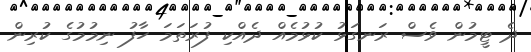
ދެ ޓީމުން ވެސް ރަނގަޅު ކުޅުމެއް ދެެއްކި ފުރަތަމަ ހާފު ނިމުމުގެ ކުރިން